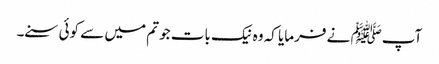
آپﷺ نے فرمایا کہ وہ نیک بات جو تم میں سے کوئی سنے۔